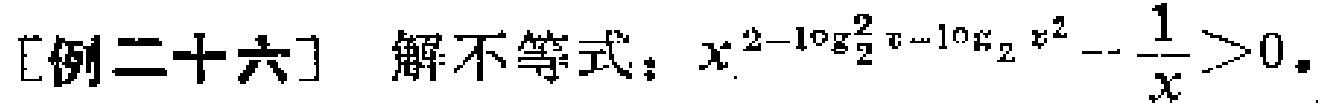
[例二十六] 解不等式：\(x^{2 - \log_{2}^{2}x - \log_{2}x^{2}} - \frac{1}{x} > 0\)。